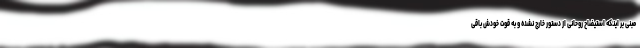
مبنی بر اینکه استیضاح روحانی از دستور خارج نشده و به قوت خودش باقی